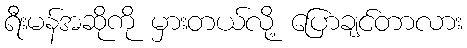
ရီးမန်အဆိုကို မှားတယ်လို့ ပြောချင်တာလား